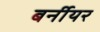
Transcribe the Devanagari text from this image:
बर्नीयर